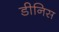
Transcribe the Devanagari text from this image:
डीनिस